Indian journal of veterinary science and animal husbandry - Volume 12,
Year: 1942
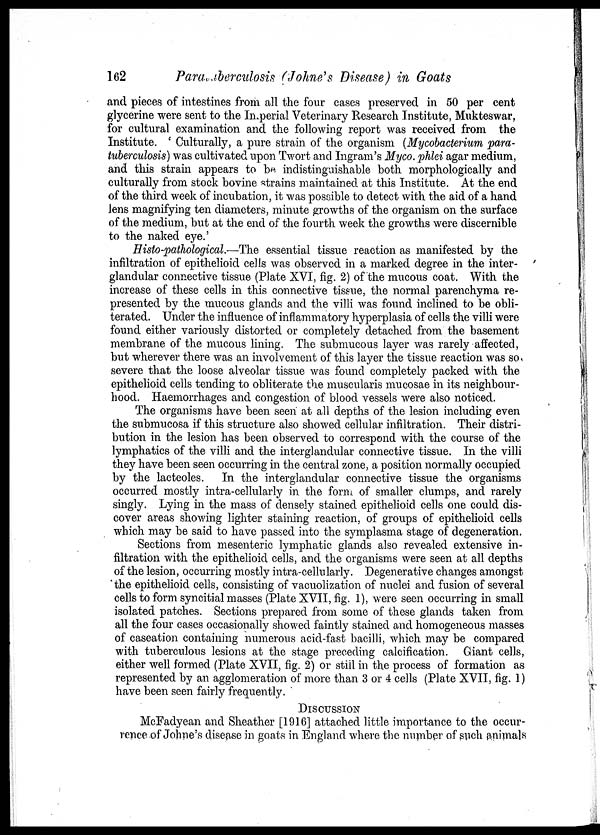
162
paratuberculosis
(Johne's
Disease) in Goats
and pieces of intestines from all the four cases preserved in 50 per cent
glycerine were sent to the Imperial Veterinary Research Institute, Mukteswar,
for cultural examination and the following report was received from the
Institute. ' Culturally, a pure strain of the organism (Mycobacterium para-
tuberculosis) was cultivated upon Twort and Ingram's Myco. phlei agar medium,
and this strain appears to be. indistinguishable both morphologically and
culturally from stock bovine strains maintained at this Institute. At the end
of the third week of incubation, it was possible to detect with the aid of a hand
lens magnifying ten diameters, minute growths of the organism on the surface
of the medium, but at the end of the fourth week the growths were discernible
to the naked eye.'
Histo-pathological.—The essential tissue reaction as manifested by the
infiltration of epithelioid cells was observed in a marked degree in the inter-
glandular connective tissue (Plate XVI, fig. 2) of the mucous coat. With the
increase of these cells in this connective tissue, the normal parenchyma re-
presented by the mucous glands and the villi was found inclined to be obli-
terated. Under the influence of inflammatory hyperplasia of cells the villi were
found either variously distorted or completely detached from the basement
membrane of the mucous lining. The submucous layer was rarely affected,
but wherever there was an involvement of this layer the tissue reaction was so.
severe that the loose alveolar tissue was found completely packed with the
epithelioid cells tending to obliterate the muscularis mucosae in its neighbour-
hood. Haemorrhages and congestion of blood vessels were also noticed.
The organisms have been seen at all depths of the lesion including even
the submucosa if this structure also showed cellular infiltration. Their distri-
bution in the lesion has been observed to correspond with the course of the
lymphatics of the villi and the interglandular connective tissue. In the villi
they have been seen occurring in the central zone, a position normally occupied
by the lacteoles. In the interglandular connective tissue the organisms
occurred mostly intra-cellularly in the form of smaller clumps, and rarely
singly. Lying in the mass of densely stained epithelioid cells one could dis-
cover areas showing lighter staining reaction, of groups of epithelioid cells
which may be said to have passed into the symplasma stage of degeneration.
Sections from mesenteric lymphatic glands also revealed extensive in-
filtration with the epithelioid cells, and the organisms were seen at all depths
of the lesion, occurring mostly intra-cellularly. Degenerative changes amongst
the epithelioid cells, consisting of vacuolization of nuclei and fusion of several
cells to form syncitial masses (Plate XVII, fig. 1), were seen occurring in small
isolated patches. Sections prepared from some of these glands taken from
all the four cases occasionally showed faintly stained and homogeneous masses
of caseation containing numerous acid-fast bacilli, which may be compared
with tuberculous lesions at the stage preceding calcification. Giant cells,
either well formed (Plate XVII, fig. 2) or still in the process of formation as
represented by an agglomeration of more than 3 or 4 cells (Plate XVII, fig. 1)
have been seen fairly frequently.
DISCUSSION
McFadyean and Sheather [1916] attached little importance to the occur-
rence of Johne's disease in goats in England where the number of such animals